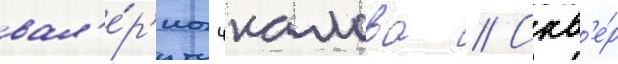
вал'е́р'иа чкалова // Скв'е́р